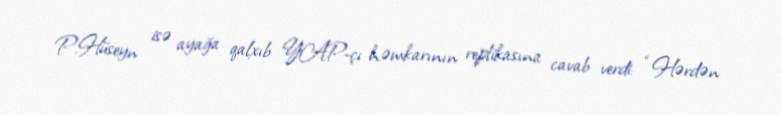
P.Hüseyn isə ayağa qalxıb YAP-çı həmkarının replikasına cavab verdi: “Hərdən